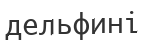
дельфині